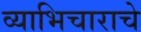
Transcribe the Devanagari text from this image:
व्याभिचाराचे